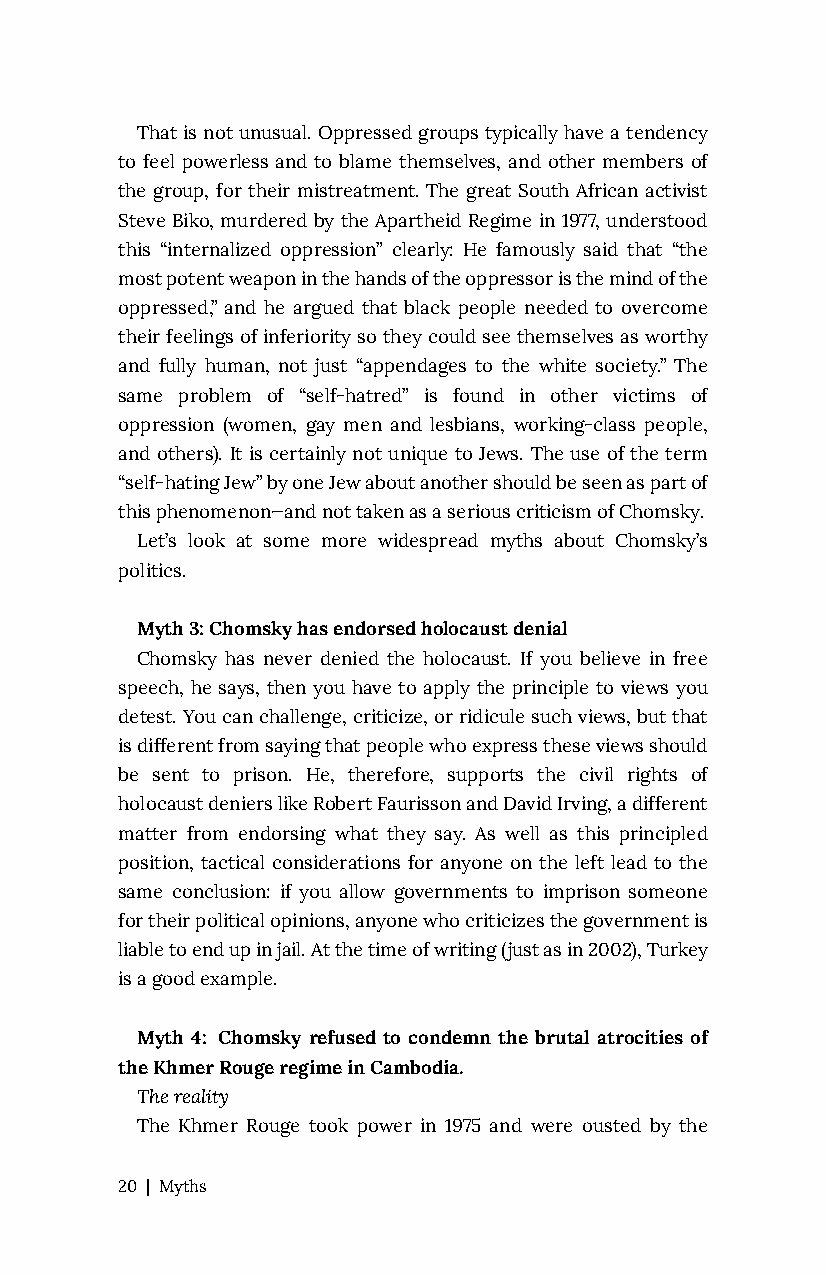
That is not unusual. Oppressed groups typically have a tendency
 to feel powerless and to blame themselves, and other members of
 the group, for their mistreatment. The great South African activist
 Steve Biko, murdered by the Apartheid Regime in 1977, understood
 this “internalized oppression” clearly: He famously said that “the
 most potent weapon in the hands of the oppressor is the mind of the
 oppressed,” and he argued that black people needed to overcome
 their feelings of inferiority so they could see themselves as worthy
 and fully human, not just “appendages to the white society.” The
 same problem of “self-hatred” is found in other victims of
 oppression (women, gay men and lesbians, working-class people,
 and others). It is certainly not unique to Jews. The use of the term
 “self-hating Jew” by one Jew about another should be seen as part of
 this phenomenon—and not taken as a serious criticism of Chomsky.
 Let’s look at some more widespread myths about Chomsky’s
 politics.
 Myth 3: Chomsky has endorsed holocaust denial
 Chomsky has never denied the holocaust. If you believe in free
 speech, he says, then you have to apply the principle to views you
 detest. You can challenge, criticize, or ridicule such views, but that
 is different from saying that people who express these views should
 be sent to prison. He, therefore, supports the civil rights of
 holocaust deniers like Robert Faurisson and David Irving, a different
 matter from endorsing what they say. As well as this principled
 position, tactical considerations for anyone on the left lead to the
 same conclusion: if you allow governments to imprison someone
 for their political opinions, anyone who criticizes the government is
 liable to end up in jail. At the time of writing (just as in 2002), Turkey
 is a good example.
 Myth 4: Chomsky refused to condemn the brutal atrocities of
 the Khmer Rouge regime in Cambodia.
 The reality
 The Khmer Rouge took power in 1975 and were ousted by the
 20 | Myths